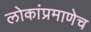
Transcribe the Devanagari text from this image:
लोकांप्रमाणेच